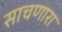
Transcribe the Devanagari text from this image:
साचणारा